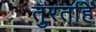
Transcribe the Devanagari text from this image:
तुरतहिं